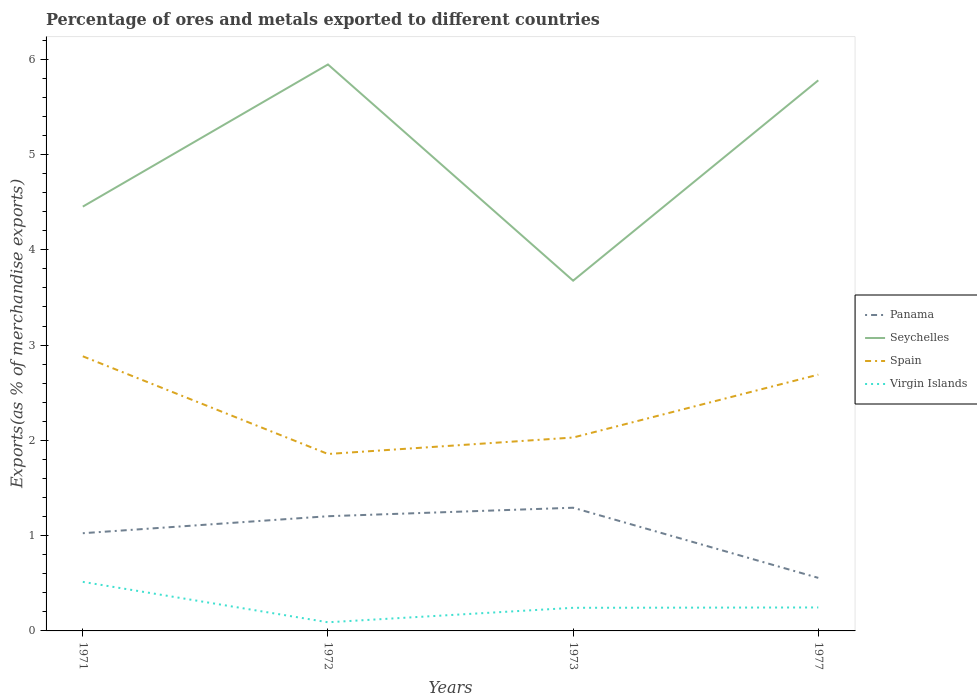
| Years | Panama | Seychelles | Spain | Virgin Islands |
 | --- | --- | --- | --- | --- |
 | 1971 | 1.03 | 4.45 | 2.88 | 0.515 |
 | 1972 | 1.2 | 5.95 | 1.86 | 0.0907 |
 | 1973 | 1.29 | 3.68 | 2.03 | 0.243 |
 | 1977 | 0.557 | 5.78 | 2.69 | 0.246 |